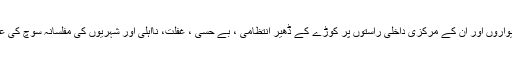
تعلیمی اداروں کی دیواروں اور ان کے مرکزی داخلی راستوں پر کوڑے کے ڈھیر انتظامی ، بے حسی ، غفلت، نااہلی اور شہریوں کی مفلسانہ سوچ کی عکاسی کررہے ہیں ۔